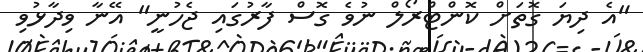
"އެ ދިޔަ ގޮތަށް ކޮންޓްރޯލް ނުވެ ގޮސް ފާރުގައި ޖެހުނީ" އޭނާ ވިދާޅުވި